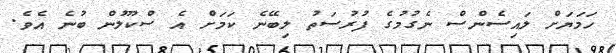
ހަމަޔަށް ލައިސެންސް ނެގުމުގެ ފުރުސަތު ލިބޭނެ ކަމަށް އެ ސްކޫލުން ބުނެ އެވެ.